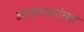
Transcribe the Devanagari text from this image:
आक्रमकांच्या